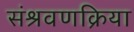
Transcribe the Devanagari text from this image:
संश्रवणक्रिया